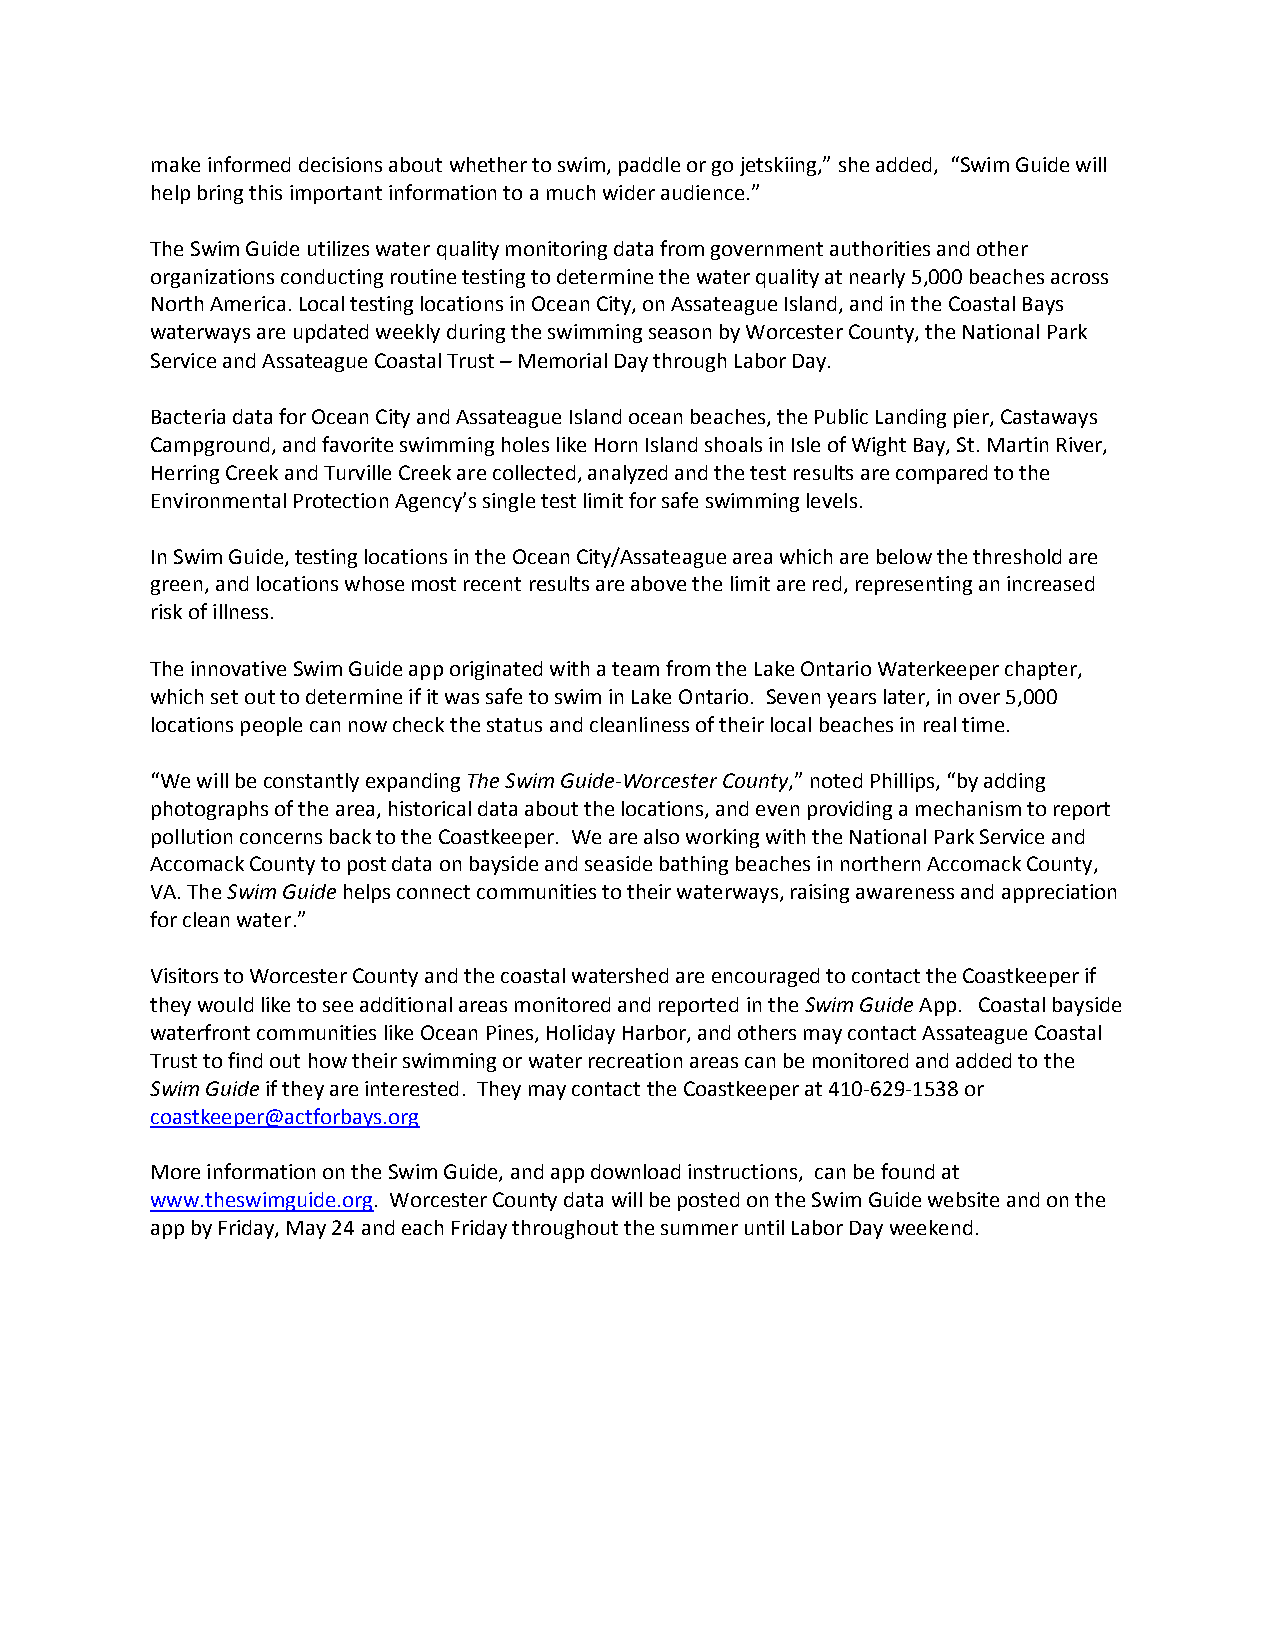
make informed decisions about whether to swim, paddle or go jetskiing,” she added, “Swim Guide will
 help bring this important information to a much wider audience.”
 The Swim Guide utilizes water quality monitoring data from government authorities and other
 organizations conducting routine testing to determine the water quality at nearly 5,000 beaches across
 North America. Local testing locations in Ocean City, on Assateague Island, and in the Coastal Bays
 waterways are updated weekly during the swimming season by Worcester County, the National Park
 Service and Assateague Coastal Trust – Memorial Day through Labor Day.
 Bacteria data for Ocean City and Assateague Island ocean beaches, the Public Landing pier, Castaways
 Campground, and favorite swimming holes like Horn Island shoals in Isle of Wight Bay, St. Martin River,
 Herring Creek and Turville Creek are collected, analyzed and the test results are compared to the
 Environmental Protection Agency’s single test limit for safe swimming levels.
 In Swim Guide, testing locations in the Ocean City/Assateague area which are below the threshold are
 green, and locations whose most recent results are above the limit are red, representing an increased
 risk of illness.
 The innovative Swim Guide app originated with a team from the Lake Ontario Waterkeeper chapter,
 which set out to determine if it was safe to swim in Lake Ontario. Seven years later, in over 5,000
 locations people can now check the status and cleanliness of their local beaches in real time.
 “We will be constantly expanding The Swim Guide-Worcester County,” noted Phillips, “by adding
 photographs of the area, historical data about the locations, and even providing a mechanism to report
 pollution concerns back to the Coastkeeper. We are also working with the National Park Service and
 Accomack County to post data on bayside and seaside bathing beaches in northern Accomack County,
 VA. The Swim Guide helps connect communities to their waterways, raising awareness and appreciation
 for clean water.”
 Visitors to Worcester County and the coastal watershed are encouraged to contact the Coastkeeper if
 they would like to see additional areas monitored and reported in the Swim Guide App. Coastal bayside
 waterfront communities like Ocean Pines, Holiday Harbor, and others may contact Assateague Coastal
 Trust to find out how their swimming or water recreation areas can be monitored and added to the
 Swim Guide if they are interested. They may contact the Coastkeeper at 410-629-1538 or
 coastkeeper@actforbays.org
 More information on the Swim Guide, and app download instructions, can be found at
 www.theswimguide.org. Worcester County data will be posted on the Swim Guide website and on the
 app by Friday, May 24 and each Friday throughout the summer until Labor Day weekend.